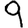
Digit: 9